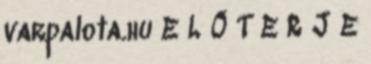
varpalota.hu E L Ő T E R J E